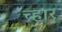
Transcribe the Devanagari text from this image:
च्हार